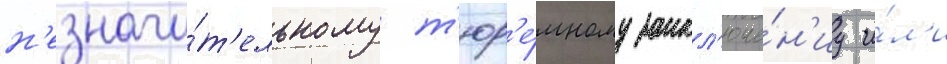
н'езначи́т'ельному т'юр'е́мному закл'юче́н'иу и́л'и